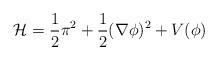
LaTeX: \begin{align*}{\cal H}=\frac{1}{2}\pi^2+\frac{1}{2}(\nabla\phi)^2+V(\phi)\end{align*}